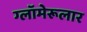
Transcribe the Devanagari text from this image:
ग्लॉमेरूलार